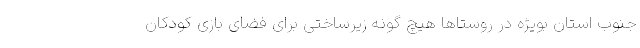
جنوب استان بویژه در روستاها هیچ گونه زیرساختی برای فضای بازی کودکان